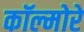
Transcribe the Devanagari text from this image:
कॉल्मोरे